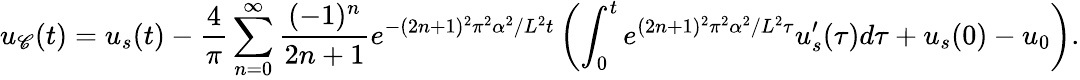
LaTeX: u_{\mathscr{C}}(t)=u_{s}(t)-\frac{{4}}{{\pi}}\sum_{n=0}^{\infty}\frac{{(-1)^{n}}}{{2n+1}}e^{-(2n+1)^{2}\pi^{2}\alpha^{2}/L^{2}t}\left(\int_{0}^{t}e^{(2n+1)^{2}\pi^{2}\alpha^{2}/L^{2}\tau}u_{s}^{\prime}(\tau)d\tau+u_{s}(0)-u_{0}\right).